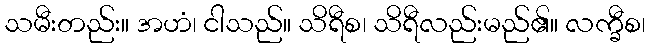
သမီးတည်း။ အဟံ၊ ငါသည်။ သိရီစ၊ သိရီလည်းမည်၏။ လက္ခီစ၊